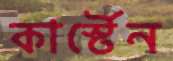
কার্স্টেন